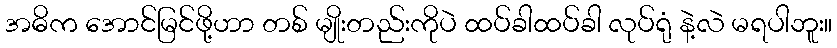
အဓိက အောင်မြင်ဖို့ဟာ တစ် မျိုးတည်းကိုပဲ ထပ်ခါထပ်ခါ လုပ်ရုံ နဲ့လဲ မရပါဘူး။